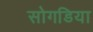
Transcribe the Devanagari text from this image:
सोगडिया